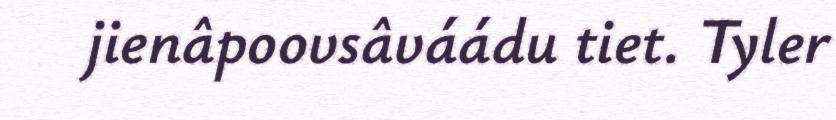
jienâpoovsâváádu tiet. Tyler